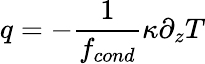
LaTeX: q=-\frac{1}{f_{cond}}\kappa\partial_{z}T